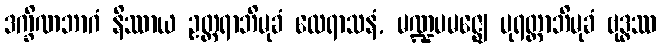
ဒက္ခိဏဘာဂံ နိဿာယ ဥတ္တရာဘိမုခံ ထေရာသနံ, မဏ္ဍပမဇ္ဈေ ပုရတ္ထာဘိမုခံ ဗုဒ္ဓဿ